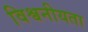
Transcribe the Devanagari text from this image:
विश्वनीयता